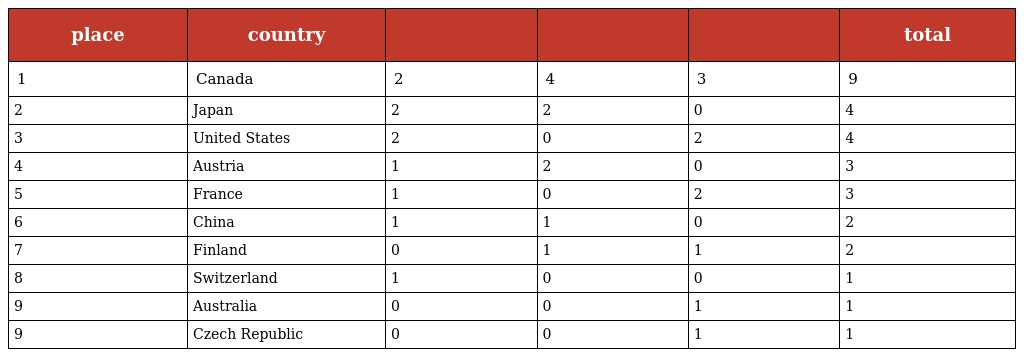
| place | country |  |  |  | total |
 | --- | --- | --- | --- | --- | --- |
 | 1 | Canada | 2 | 4 | 3 | 9 |
 | 2 | Japan | 2 | 2 | 0 | 4 |
 | 3 | United States | 2 | 0 | 2 | 4 |
 | 4 | Austria | 1 | 2 | 0 | 3 |
 | 5 | France | 1 | 0 | 2 | 3 |
 | 6 | China | 1 | 1 | 0 | 2 |
 | 7 | Finland | 0 | 1 | 1 | 2 |
 | 8 | Switzerland | 1 | 0 | 0 | 1 |
 | 9 | Australia | 0 | 0 | 1 | 1 |
 | 9 | Czech Republic | 0 | 0 | 1 | 1 |